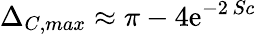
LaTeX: \Delta_{C,max}\approx\pi-4\mathrm{e}^{-2\, Sc}